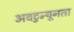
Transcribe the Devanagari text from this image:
अवटुन्यूनता